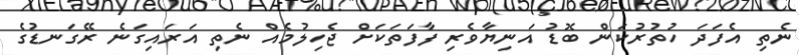
ނެތި އެފަދަ ހުތުރުކަން ބޮޑު އަނިޔާވެރި ފާފަތަކަށް ޖެހިލުމެއް ނެތި އަރައިގަނެ ރޭގަނޑުގެ